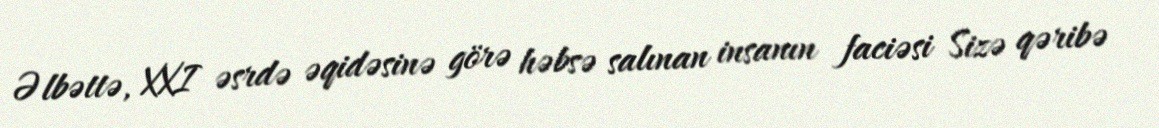
Əlbəttə, XXI əsrdə əqidəsinə görə həbsə salınan insanın faciəsi Sizə qəribə